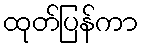
ထုတ်ပြန်ကာ